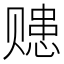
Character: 𧹗